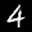
Label: 4